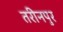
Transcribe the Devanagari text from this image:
तरीनपुर